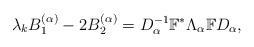
LaTeX: \begin{align*}\lambda_k B_1^{(\alpha)}-2 B_2^{(\alpha)} = D_{\alpha}^{-1}\mathbb{F}^{*}\Lambda_{\alpha}\mathbb{F}D_{\alpha},\end{align*}